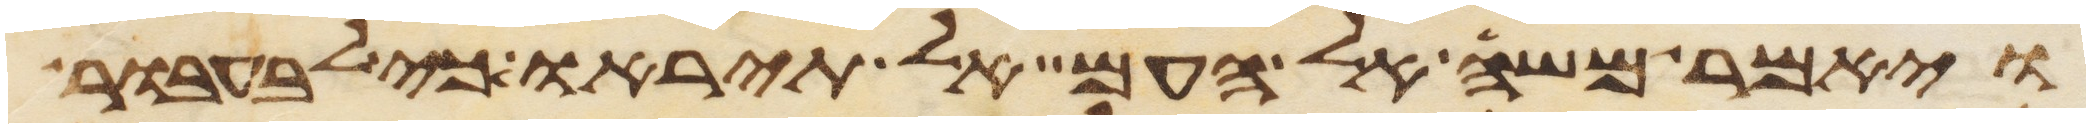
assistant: ויאמר משה אל העם אל תיראו כי לבעבור